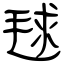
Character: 毬